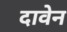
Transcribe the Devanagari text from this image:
दावेन